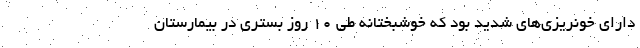
دارای خونریزی‌های شدید بود که خوشبختانه طی ۱۰ روز بستری در بیمارستان